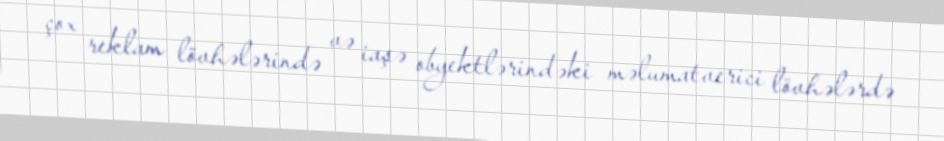
çox reklam lövhələrində və iaşə obyektlərindəki məlumatverici lövhələrdə